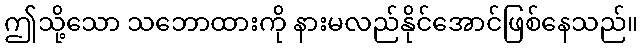
ဤသို့သော သဘောထားကို နားမလည်နိုင်အောင်ဖြစ်နေသည်။